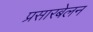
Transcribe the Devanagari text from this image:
प्रसारबेलन